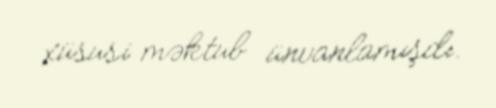
xüsusi məktub ünvanlamışdı.